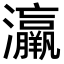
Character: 𤅀